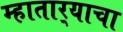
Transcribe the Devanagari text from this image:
म्हातार्‍याचा